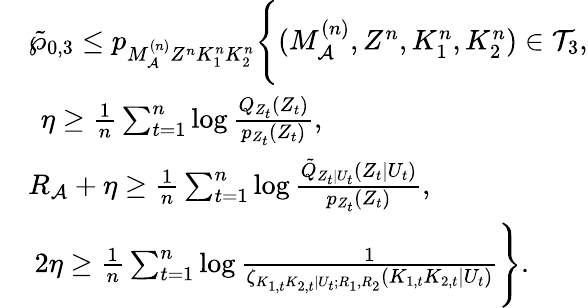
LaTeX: \begin{array}{rl}&{\tilde{\wp}_{0,3}\leq p_{M_{\cal A}^{(n)}Z^{n}K_{1}^{n}K_{2}^{n}}\Biggl\{ (M_{\cal A}^{(n)},Z^{n},K_{1}^{n},K_{2}^{n})\in{\cal T}_{3},}\\ &{\: \: \eta\geq\frac{1}{n}\sum_{t=1}^{n}\log\frac{Q_{{Z}_{t}}(Z_{t})}{p_{Z_{t}}(Z_{t})},}\\ &{R_{\cal A}+\eta\geq\frac{1}{n}\sum_{t=1}^{n}\log\frac{\tilde{Q}_{Z_{t}|U_{t}}(Z_{t}|U_{t})}{p_{Z_{t}}(Z_{t})},}\\ &{\: 2\eta\geq\frac{1}{n}\sum_{t=1}^{n}\log\frac{1}{\zeta_{K_{1,t}K_{2,t}|U_{t};R_{1},R_{2}}(K_{1,t}K_{2,t}|U_{t})}\Biggr\} .}\end{array}